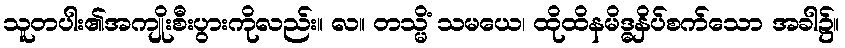
သူတပါး၏အကျိုးစီးပွားကိုလည်း။ လ။ တသ္မိံ သမယေ၊ ထိုထိနမိဒ္ဓနှိပ်စက်သော အခါ၌။